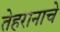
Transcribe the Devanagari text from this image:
तेहरानाचे